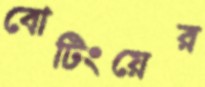
বোটিংয়ের